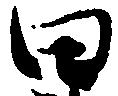
田